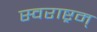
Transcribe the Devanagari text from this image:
स्वराष्ट्रम्‌